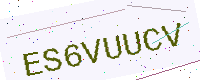
Text: ES6VUUCV